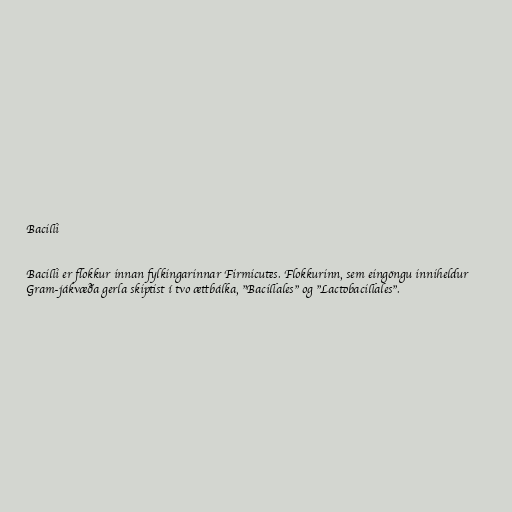
Bacilli

Bacilli er flokkur innan fylkingarinnar Firmicutes. Flokkurinn, sem eingöngu inniheldur
Gram-jákvæða gerla skiptist í tvo ættbálka, "Bacillales" og "Lactobacillales".